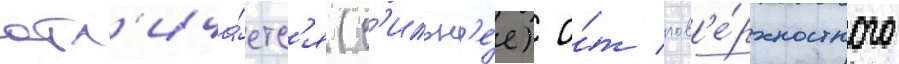
отл'ича́етс'я (с'ильн'е́е) о́т пов'е́рхностного